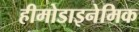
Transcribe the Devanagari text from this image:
हीमोडाइनेमिक